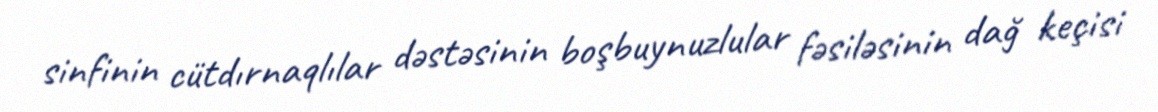
sinfinin cütdırnaqlılar dəstəsinin boşbuynuzlular fəsiləsinin dağ keçisi